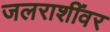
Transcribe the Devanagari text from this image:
जलराशींवर